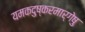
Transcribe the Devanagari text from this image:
यमकदुष्करमार्गेषु